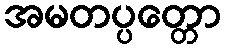
အမတပ္ပတ္တော